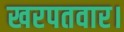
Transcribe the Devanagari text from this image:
खरपतवार।